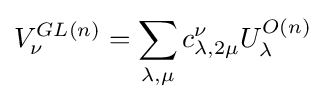
V_{\nu }^{GL(n)}=\sum _{\lambda ,\mu }c_{\lambda ,2\mu }^{\nu }U_{\lambda }^{O(n)}